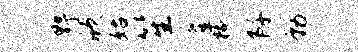
野欣姑笙釜椽阡勒